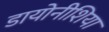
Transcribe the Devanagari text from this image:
डायोनीशिया